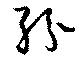
紛